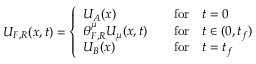
U _ { F , R } ( { \boldsymbol { x } } , t ) = \left\{ \begin{array} { l l } { U _ { A } ( { \boldsymbol { x } } ) } & { \quad \mathrm { f o r } \quad t = 0 } \\ { \theta _ { F , R } ^ { \mu } U _ { \mu } ( { \boldsymbol { x } } , t ) } & { \quad \mathrm { f o r } \quad t \in ( 0 , t _ { f } ) } \\ { U _ { B } ( { \boldsymbol { x } } ) } & { \quad \mathrm { f o r } \quad t = t _ { f } } \end{array} \right.